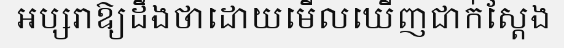
អប្សរាឱ្យដឹងថាដោយមើលឃើញជាក់ស្តែង